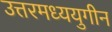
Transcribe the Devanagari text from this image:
उत्तरमध्ययुगीन